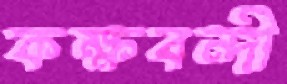
কক্ষবন্দী